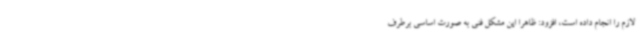
لازم را انجام داده است، افزود: ظاهراً این مشکل فنی به صورت اساسی برطرف